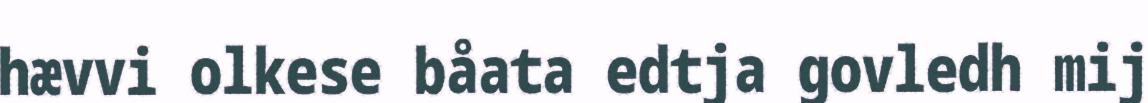
hævvi olkese båata edtja govledh mij